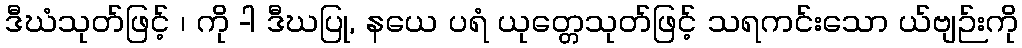
ဒီဃံသုတ်ဖြင့် ၊ ကို -ါ ဒီဃပြု, နယေ ပရံ ယုတ္တေသုတ်ဖြင့် သရကင်းသော ယ်ဗျဉ်းကို